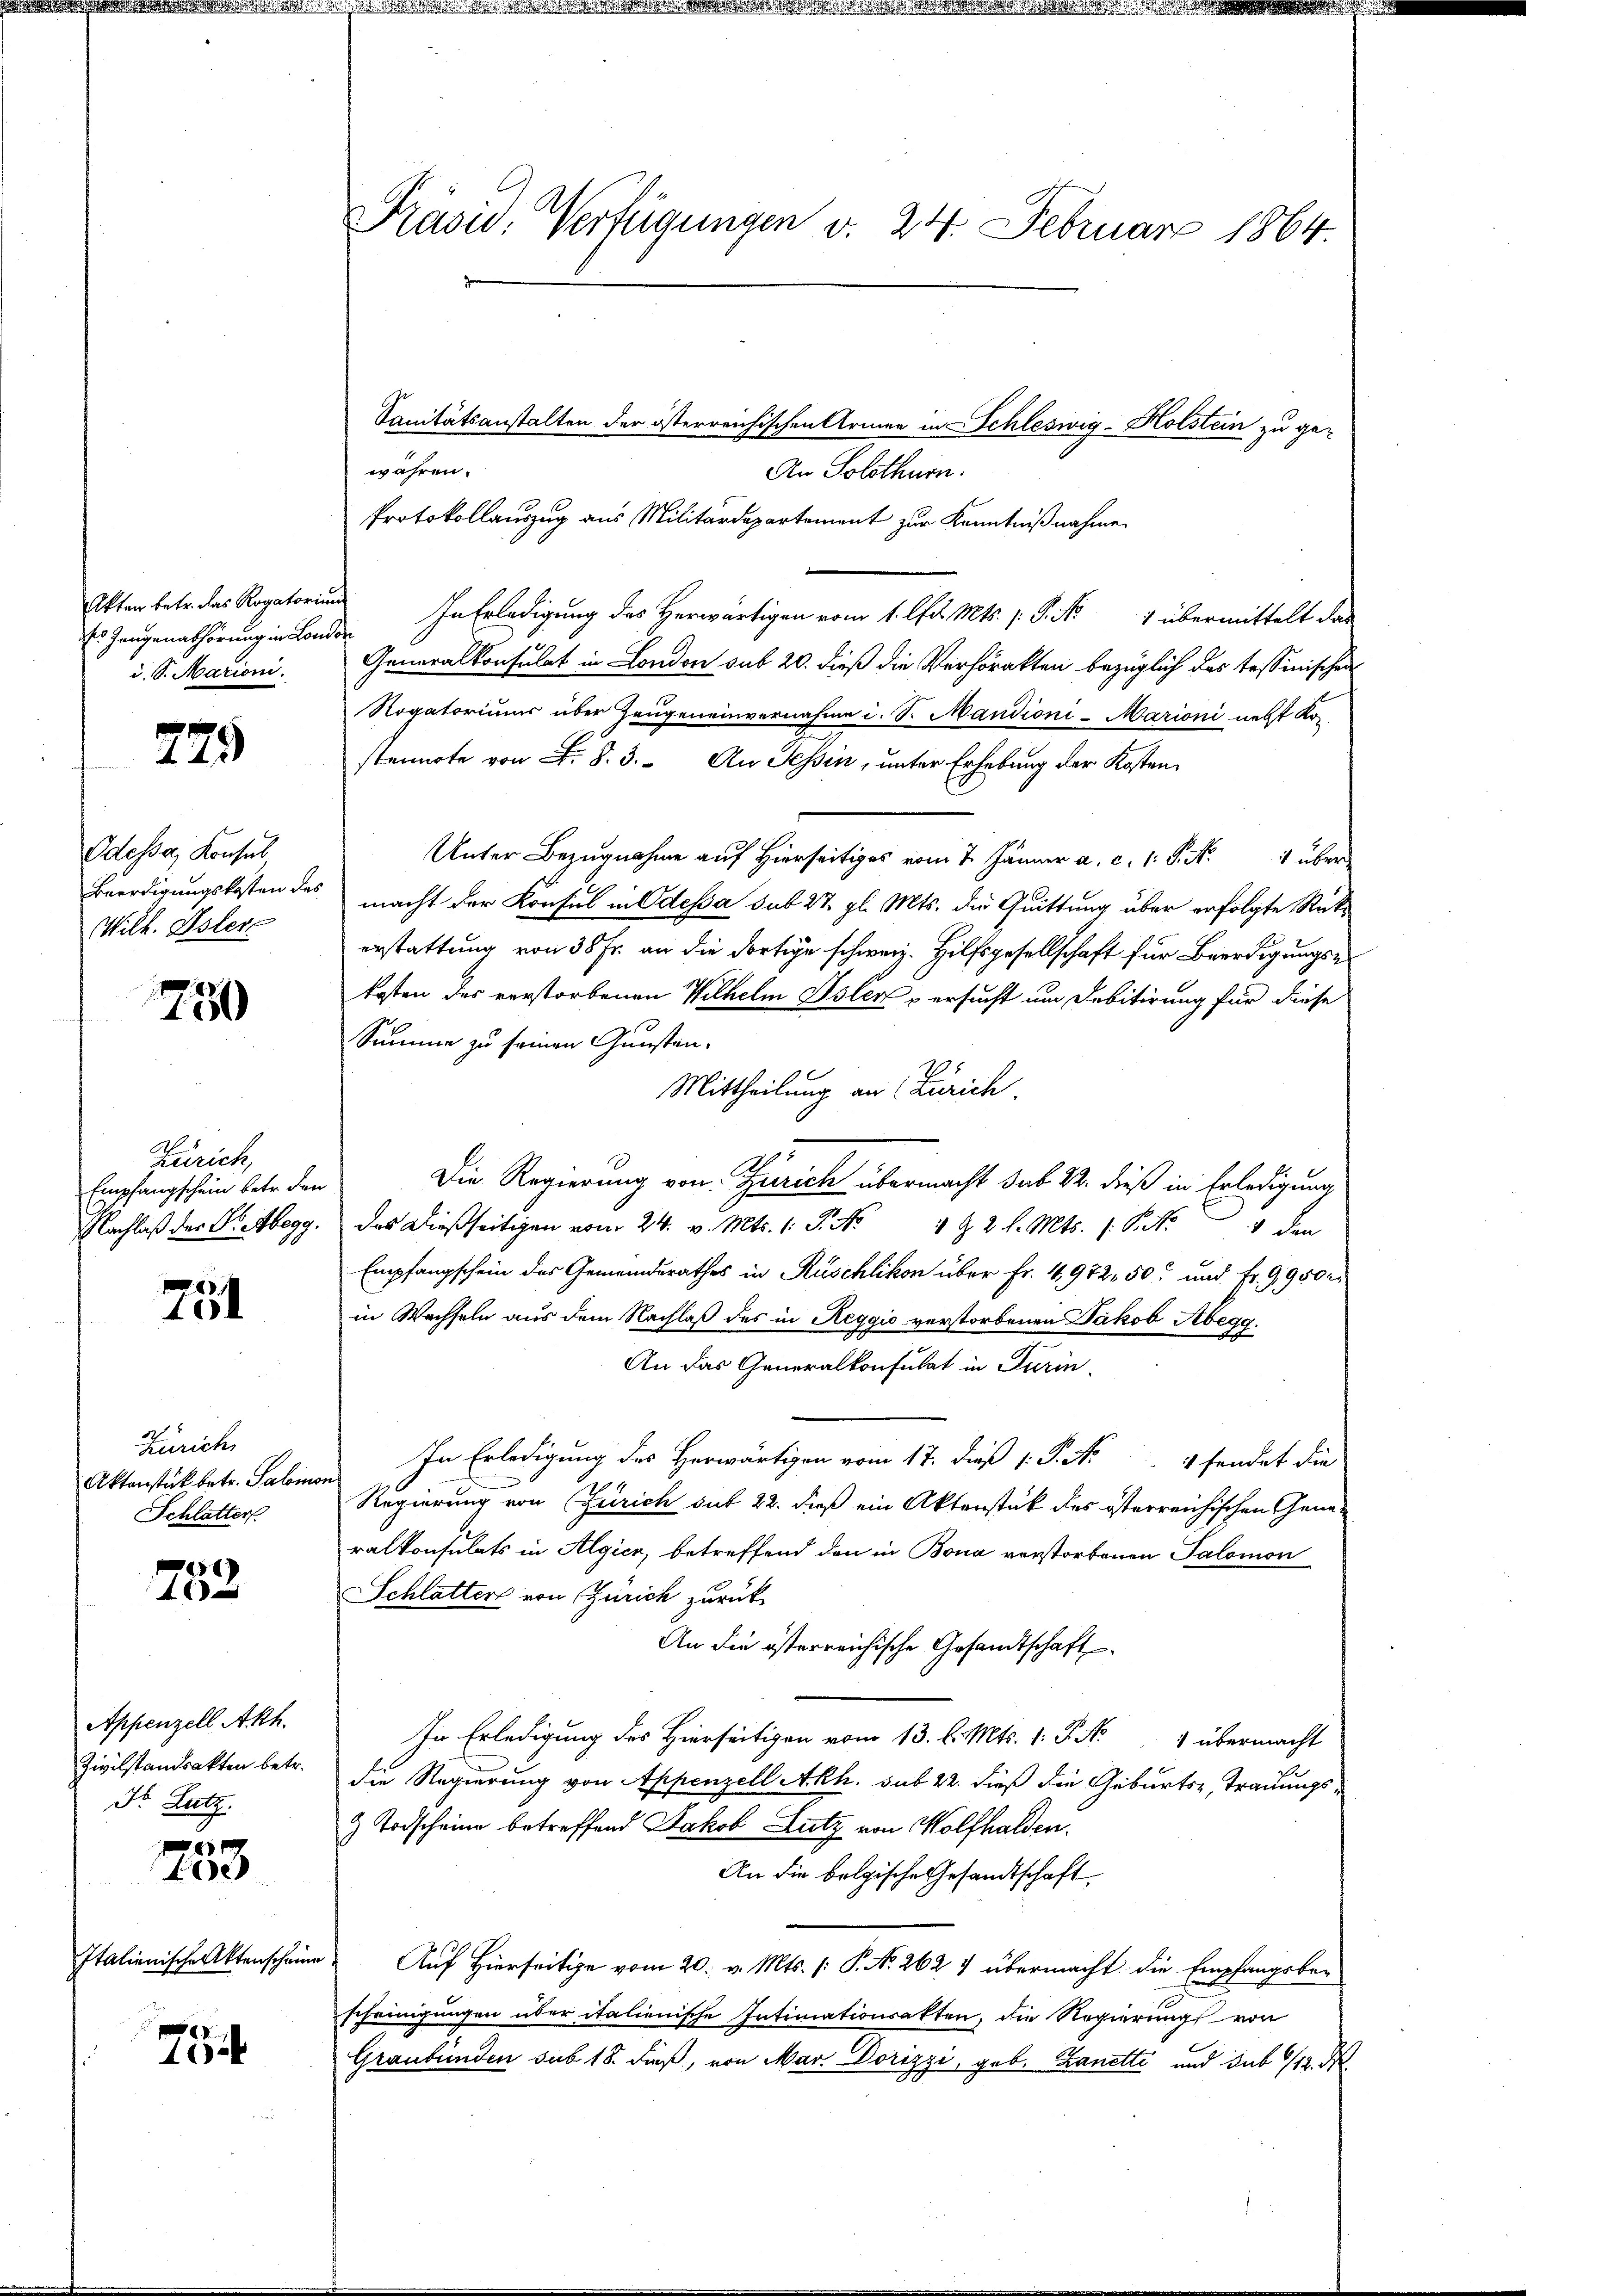
Es Gangenabhörung in London
d. S. Marioni.

729

Odessa, Konsul
Wilh. Oster

750

Zürich,
Empfangschein betr. den

751

Zürich,
Aktenstük betr. Salomon
Schlatter

58
46

Appenzell Akh.
Dr. Latz.
x

Lee

754

Präsid. Verfügungen v. 24. Februar 1864.

Sanitätsanstalten der österreichischen Armen in Schleswig-Holstein zu ge-
wahren.
An Solothurn.
Protokollauszug aus Militärdepartement zur Kenntnißnahme.
Akten betr. das Rogatorin In Erledigung des Herwärtigen vom 1. lfd. Mts. 1. P. Nr. 1 übermittelt das
Generalkonsulat in London sub 20. dieß die Verhörakten bezüglich das tessinischen
Rogatoriums über Zeugeneinvernahme i. S. Mandioni-Marioni nebst Kor-
stennote von F. §. 3. An Tessin, unter Erhebung der Kosten
Unter Bezugnahme auf Hierseitig vom 7. Jänner a. c. 1. P. Nr. 1 über
Beerdigungskosten des macht der Konsul in Odessa sub 27. gl. Mts. die Quittung über erfolgte Rückerstattung von 38 Fr. an die dortige schweiz. Hilfsgesellschaft für Beerdigungse
kosten des verstorbenen Wilhelm Islers versucht um Debitirung für diese
Summe zu seinen Gunsten-
Mittheilung an Zürich
Die Regierung von Zürich übermacht sub 22. dieß in Erledigung
Nachlaß der S. Abegg. Das dießseitigen vom 24. v. Mts. 1. P. No 4 § 2 l. Mts. 1. P. Nr. 1 den
Empfangschein des Gemeindesrathes in Rüschlikon über Fr. 4,972, 50 und Fr. 9950r
in Wechseln aus dem Nachlaß des in Reggio verstorbenen Jakob Abega
An das Generalkonsulat in Turin
In Erledigung des Herwärtigen vom 17. dieß 1: P. No 4 sendet die
Regierung von Zürich sub 22. dieß ein Aktenstük des österreichischen Generalkonsulats in Algien, betreffend den in Bona verstorbenen Salomon
Schlatter von Zürich zurück
An die österreichische Gesandtschaft
In Erledigung des Hierseitigen vom 13. d. Mts. 1. J. No 4 übermacht
Zivilstandsakten betr. die Regierung von Appenzell Akh. sub 22. dieß die Geburtsz, Trauungs-
& Todscheine betreffend Jakob Lutz von Wolfhalden.
An die belgische Gesandtschaft
Italienische Aktenscheine Auf Hierseitige vom 20. v. Mts. (: P. Nr. 262 7 übermacht die Empfangsber
scheinigungen über italienische Intimationsakten, die Regierung von
Graubünden sub 18. dieß, von Mar. Dorizzi, geb. Zanetti und sub 1/12. N